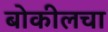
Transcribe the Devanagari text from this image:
बोकीलचा